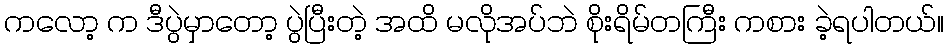
ကလော့ က ဒီပွဲမှာတော့ ပွဲပြီးတဲ့ အထိ မလိုအပ်ဘဲ စိုးရိမ်တကြီး ကစား ခဲ့ရပါတယ်။